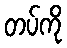
တပ်ကို